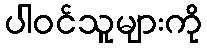
ပါဝင်သူများကို